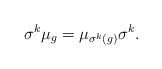
\begin{align*}\sigma^{k} \mu_g= \mu_{\sigma^k(g)} \sigma^{k}.\end{align*}